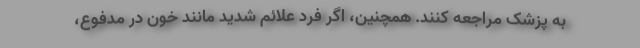
به پزشک مراجعه کنند. همچنین، اگر فرد علائم شدید مانند خون در مدفوع،